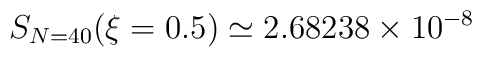
S_{N=40} (\xi=0.5) \simeq 2.68238 \times 10^{-8}